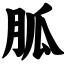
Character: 胍